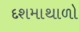
દશમાથાળો